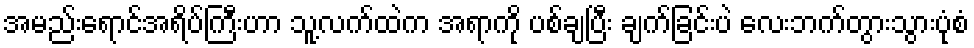
အမည်းရောင်အရိပ်ကြီးဟာ သူ့လက်ထဲက အရာကို ပစ်ချပြီး ချက်ခြင်းပဲ လေးဘက်တွားသွားပုံစံ